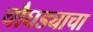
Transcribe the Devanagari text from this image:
चौघड्याचा